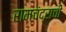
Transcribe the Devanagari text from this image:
रामचंद्राची